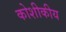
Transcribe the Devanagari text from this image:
कोशीकीय